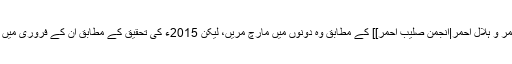
[[بین الاقوامی انجمن صلیب احمر و ہلال احمر|انجمن صلیب احمر]] کے مطابق وہ دونوں میں مارچ مریں، لیکن 2015ء کی تحقیق کے مطابق ان کے فروری میں مرنے کے زیادہ امکانات ہیں۔